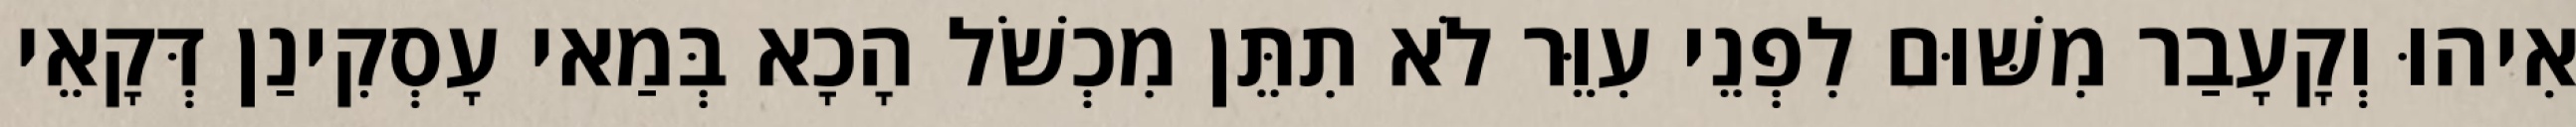
אִיהוּ וְקָעָבַר מִשּׁוּם לִפְנֵי עִוֵּר לֹא תִתֵּן מִכְשֹׁל הָכָא בְּמַאי עָסְקִינַן דְּקָאֵי